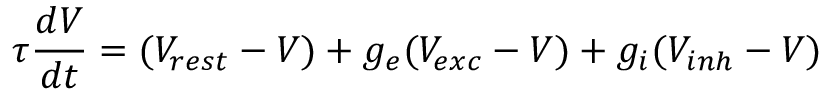
\tau \frac { d V } { d t } = ( V _ { r e s t } - V ) + g _ { e } ( V _ { e x c } - V ) + g _ { i } ( V _ { i n h } - V )